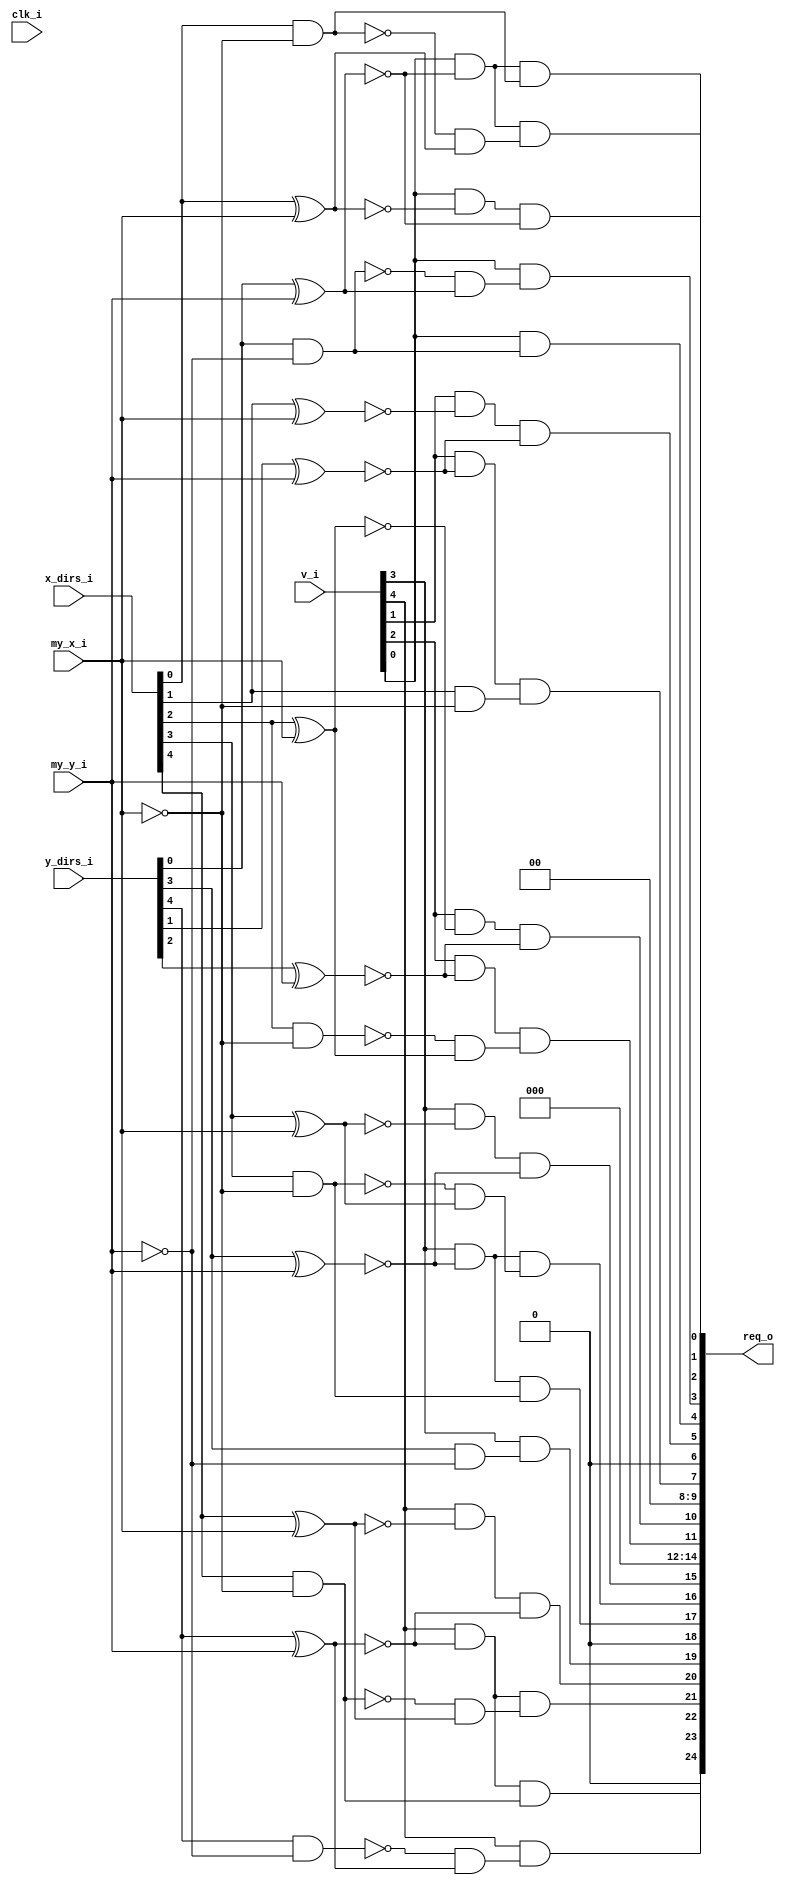
// This program was cloned from: https://github.com/NYU-MLDA/OpenABC
// License: BSD 3-Clause "New" or "Revised" License

module bsg_mesh_router_dor_decoder_x_cord_width_p1_y_cord_width_p1_dirs_lp5_XY_order_p0
(
  clk_i,
  v_i,
  x_dirs_i,
  y_dirs_i,
  my_x_i,
  my_y_i,
  req_o
);

  input [4:0] v_i;
  input [4:0] x_dirs_i;
  input [4:0] y_dirs_i;
  input [0:0] my_x_i;
  input [0:0] my_y_i;
  output [24:0] req_o;
  input clk_i;
  wire [24:0] req_o;
  wire N0,N1,N2,N3,N4,N5,N6,N7,N8,N9,N10,N11,N12,N13,N14,N15,N16,N17,y_gt_0,x_lt_0,
  y_lt_0,N18,N19,N20,N21,N22,N23,N24,N25,N26,N27,N28,N29,N30,N31,N32,N33,N34,N35,N36,
  N37,N38,N39,N40,N41,N42;
  wire [4:0] x_eq,y_eq,x_gt;
  wire [4:3] y_gt;
  wire [4:2] x_lt;
  wire [4:4] y_lt;
  assign req_o[12] = 1'b0;
  assign req_o[6] = 1'b0;
  assign req_o[24] = 1'b0;
  assign req_o[18] = 1'b0;
  assign req_o[14] = 1'b0;
  assign req_o[13] = 1'b0;
  assign req_o[9] = 1'b0;
  assign req_o[8] = 1'b0;
  assign N0 = x_dirs_i[0] ^ my_x_i[0];
  assign x_eq[0] = ~N0;
  assign N1 = y_dirs_i[0] ^ my_y_i[0];
  assign y_eq[0] = ~N1;
  assign x_gt[0] = x_dirs_i[0] & N2;
  assign N2 = ~my_x_i[0];
  assign y_gt_0 = y_dirs_i[0] & N3;
  assign N3 = ~my_y_i[0];
  assign N4 = x_dirs_i[1] ^ my_x_i[0];
  assign x_eq[1] = ~N4;
  assign N5 = y_dirs_i[1] ^ my_y_i[0];
  assign y_eq[1] = ~N5;
  assign x_gt[1] = x_dirs_i[1] & N6;
  assign N6 = ~my_x_i[0];
  assign N7 = x_dirs_i[2] ^ my_x_i[0];
  assign x_eq[2] = ~N7;
  assign N8 = y_dirs_i[2] ^ my_y_i[0];
  assign y_eq[2] = ~N8;
  assign x_gt[2] = x_dirs_i[2] & N9;
  assign N9 = ~my_x_i[0];
  assign N10 = x_dirs_i[3] ^ my_x_i[0];
  assign x_eq[3] = ~N10;
  assign N11 = y_dirs_i[3] ^ my_y_i[0];
  assign y_eq[3] = ~N11;
  assign x_gt[3] = x_dirs_i[3] & N12;
  assign N12 = ~my_x_i[0];
  assign y_gt[3] = y_dirs_i[3] & N13;
  assign N13 = ~my_y_i[0];
  assign N14 = x_dirs_i[4] ^ my_x_i[0];
  assign x_eq[4] = ~N14;
  assign N15 = y_dirs_i[4] ^ my_y_i[0];
  assign y_eq[4] = ~N15;
  assign x_gt[4] = x_dirs_i[4] & N16;
  assign N16 = ~my_x_i[0];
  assign y_gt[4] = y_dirs_i[4] & N17;
  assign N17 = ~my_y_i[0];
  assign x_lt_0 = N18 & N19;
  assign N18 = ~x_gt[0];
  assign N19 = ~x_eq[0];
  assign y_lt_0 = N20 & N21;
  assign N20 = ~y_gt_0;
  assign N21 = ~y_eq[0];
  assign x_lt[2] = N22 & N23;
  assign N22 = ~x_gt[2];
  assign N23 = ~x_eq[2];
  assign x_lt[3] = N24 & N25;
  assign N24 = ~x_gt[3];
  assign N25 = ~x_eq[3];
  assign x_lt[4] = N26 & N27;
  assign N26 = ~x_gt[4];
  assign N27 = ~x_eq[4];
  assign y_lt[4] = N28 & N29;
  assign N28 = ~y_gt[4];
  assign N29 = ~y_eq[4];
  assign req_o[16] = N30 & x_lt[3];
  assign N30 = v_i[3] & y_eq[3];
  assign req_o[17] = N31 & x_gt[3];
  assign N31 = v_i[3] & y_eq[3];
  assign req_o[21] = N32 & x_lt[4];
  assign N32 = v_i[4] & y_eq[4];
  assign req_o[22] = N33 & x_gt[4];
  assign N33 = v_i[4] & y_eq[4];
  assign req_o[19] = v_i[3] & y_gt[3];
  assign req_o[23] = v_i[4] & y_lt[4];
  assign req_o[7] = N34 & x_gt[1];
  assign N34 = v_i[1] & y_eq[1];
  assign req_o[11] = N35 & x_lt[2];
  assign N35 = v_i[2] & y_eq[2];
  assign req_o[4] = v_i[0] & y_gt_0;
  assign req_o[3] = v_i[0] & y_lt_0;
  assign req_o[0] = N36 & y_eq[0];
  assign N36 = v_i[0] & x_eq[0];
  assign req_o[2] = N37 & x_gt[0];
  assign N37 = v_i[0] & y_eq[0];
  assign req_o[1] = N38 & x_lt_0;
  assign N38 = v_i[0] & y_eq[0];
  assign req_o[5] = N39 & y_eq[1];
  assign N39 = v_i[1] & x_eq[1];
  assign req_o[10] = N40 & y_eq[2];
  assign N40 = v_i[2] & x_eq[2];
  assign req_o[15] = N41 & y_eq[3];
  assign N41 = v_i[3] & x_eq[3];
  assign req_o[20] = N42 & y_eq[4];
  assign N42 = v_i[4] & x_eq[4];

endmodule